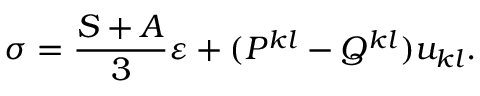
\sigma = \frac { S + A } 3 \varepsilon + ( P ^ { k l } - Q ^ { k l } ) u _ { k l } .